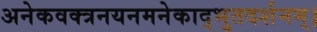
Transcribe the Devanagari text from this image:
अनेकवक्त्रनयनमनेकाद्भुतदर्शनम्‌।